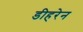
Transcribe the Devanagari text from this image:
डीहरेन